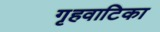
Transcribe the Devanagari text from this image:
गृहवाटिका